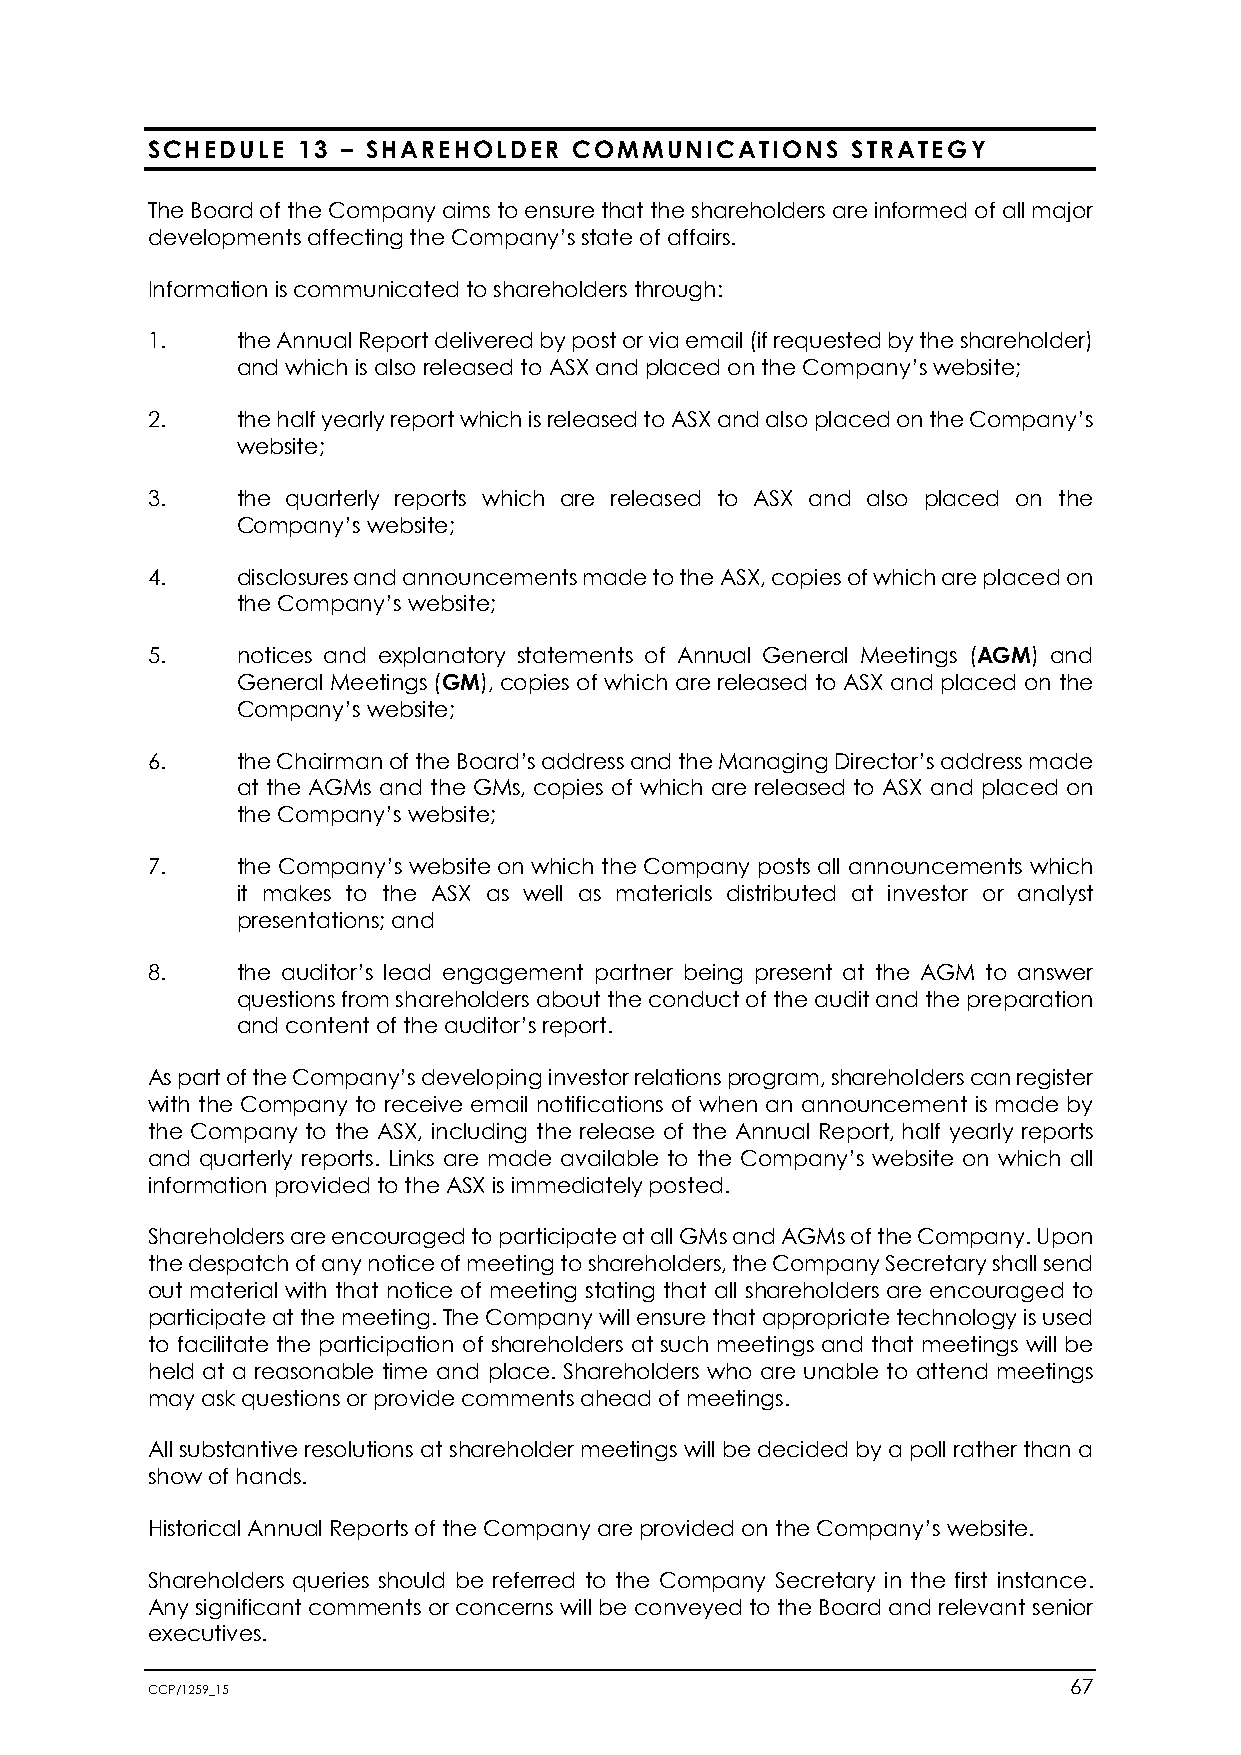
SCHEDULE  13 – SHAREHOLDER  COMMUNICATIONS    STRATEGY
 The Board of the Company aims to ensure that the shareholders are informed of all major
 developments affecting the Company’s state of affairs.
 Information is communicated to shareholders through:
 1.    the Annual Report delivered by post or via email (if requested by the shareholder)
 and which is also released to ASX and placed on the Company’s website;
 2.    the half yearly report which is released to ASX and also placed on the Company’s
 website;
 3.    the quarterly reports which are released to ASX and also placed on the
 Company’s website;
 4.    disclosures and announcements made to the ASX, copies of which are placed on
 the Company’s website;
 5.    notices and explanatory statements of Annual General Meetings (AGM) and
 General Meetings (GM), copies of which are released to ASX and placed on the
 Company’s website;
 6.    the Chairman of the Board’s address and the Managing Director’s address made
 at the AGMs and the GMs, copies of which are released to ASX and placed on
 the Company’s website;
 7.    the Company’s website on which the Company posts all announcements which
 it makes to the ASX as well as materials distributed at investor or analyst
 presentations; and
 8.    the auditor’s lead engagement partner being present at the AGM to answer
 questions from shareholders about the conduct of the audit and the preparation
 and content of the auditor’s report.
 As part of the Company’s developing investor relations program, shareholders can register
 with the Company to receive email notifications of when an announcement is made by
 the Company to the ASX, including the release of the Annual Report, half yearly reports
 and quarterly reports. Links are made available to the Company’s website on which all
 information provided to the ASX is immediately posted.
 Shareholders are encouraged to participate at all GMs and AGMs of the Company. Upon
 the despatch of any notice of meeting to shareholders, the Company Secretary shall send
 out material with that notice of meeting stating that all shareholders are encouraged to
 participate at the meeting. The Company will ensure that appropriate technology is used
 to facilitate the participation of shareholders at such meetings and that meetings will be
 held at a reasonable time and place. Shareholders who are unable to attend meetings
 may ask questions or provide comments ahead of meetings.
 All substantive resolutions at shareholder meetings will be decided by a poll rather than a
 show of hands.
 Historical Annual Reports of the Company are provided on the Company’s website.
 Shareholders queries should be referred to the Company Secretary in the first instance.
 Any significant comments or concerns will be conveyed to the Board and relevant senior
 executives.
 CCP/1259_15                                                  67